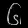
Digit: ၆